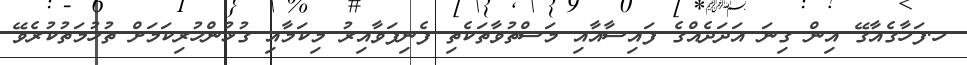
ހ.ފަހާގެއާގޭ އިން ގިނަ އަދަދެއްގެ ފައިސާއާއި މަސްތުވާތަކެތި ފެނިފަވާއިރު މިކަމާއި ގުޅުންހުރިކަމަށް ތުހުމަތުކުރެވޭ